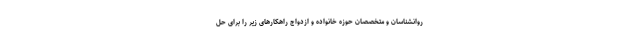
روانشناسان و متخصصان حوزه خانواده و ازدواج راهکارهای زیر را برای حل